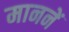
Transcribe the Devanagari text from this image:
माननें